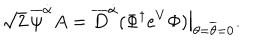
LaTeX: \sqrt { 2 } \, \overline { { \psi } } ^ { \dot { \alpha } } A = \overline { { D } } ^ { \dot { \alpha } } ( \Phi ^ { \dagger } e ^ { V } \Phi ) \bigr | _ { \theta = \overline { { \theta } } = 0 } .